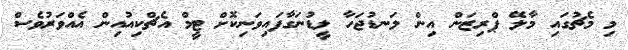
މި މެޗުގައި މާލޭ ޕްރިޒަން އިން ލަނޑުޖަހާ ލީޑުނަގާފައިވަނިކޮށް ޓީމް އެޗްކިއުއިން އެއްވަރުވެސް